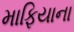
માફિયાના